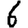
Digit: 6